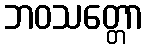
ဘဝသတ္တော